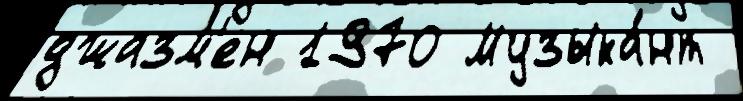
джазм'ен 1970 Музыка́нт